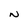
Character: N